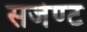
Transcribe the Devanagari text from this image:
सर्जेण्ट